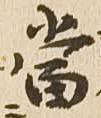
当